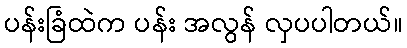
ပန်းခြံထဲက ပန်း အလွန် လှပပါတယ်။